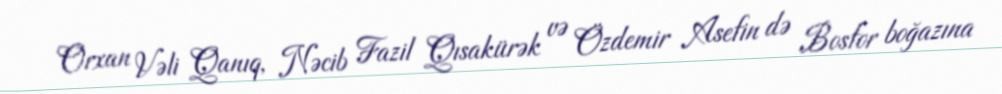
Orxan Vəli Qanıq, Nəcib Fazil Qısakürək və Özdemir Asefin də Bosfor boğazına